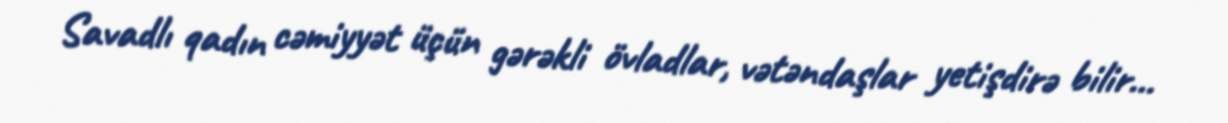
Savadlı qadın cəmiyyət üçün gərəkli övladlar, vətəndaşlar yetişdirə bilir…